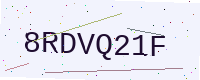
Text: 8RDVQ21F